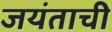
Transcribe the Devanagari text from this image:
जयंताची